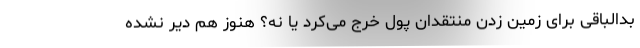
بدالباقی برای زمین زدن منتقدان پول خرج می‌کرد یا نه؟ هنوز هم دیر نشده